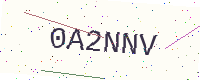
Text: 0A2NNV